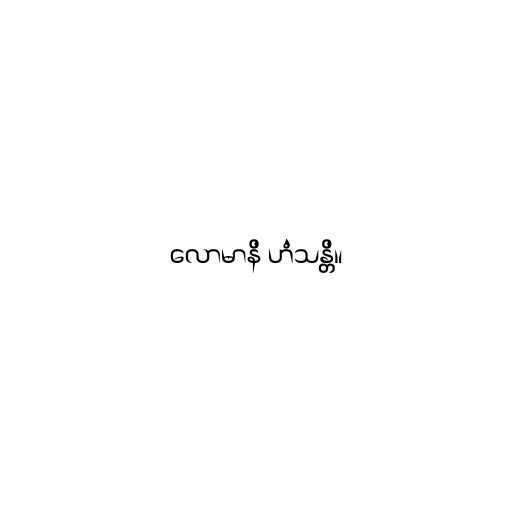
လောမာနိ ဟံသန္တိ။